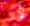
لأن